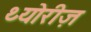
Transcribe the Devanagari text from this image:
थ्योरीज़